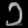
Digit: ၁